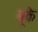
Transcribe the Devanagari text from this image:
बूके